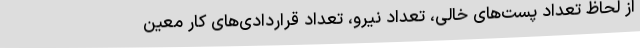
از لحاظ تعداد پست‌های خالی، تعداد نیرو، تعداد قراردادی‌های کار معین